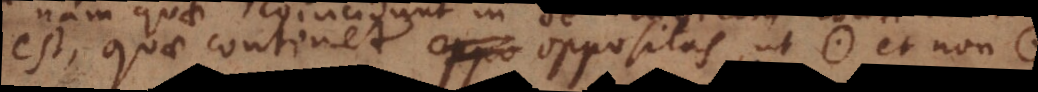
est, quae continet oppositas, ut * et non *.